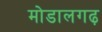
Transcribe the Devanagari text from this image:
मोडालगढ़